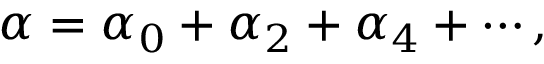
\alpha = \alpha _ { 0 } + \alpha _ { 2 } + \alpha _ { 4 } + \cdots ,